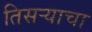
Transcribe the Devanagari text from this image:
तिसऱ्याचा